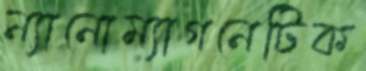
ন্যানোম্যাগনেটিক